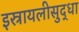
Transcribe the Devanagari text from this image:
इस्रायलीसुद्धा